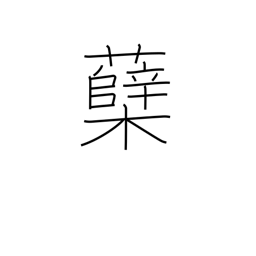
Meaning: sprout